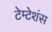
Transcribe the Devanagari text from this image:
टेम्टेशंस